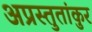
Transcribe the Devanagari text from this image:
अप्रस्तुतांकुर